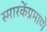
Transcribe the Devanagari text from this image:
स्मारकेंप्रमाणे